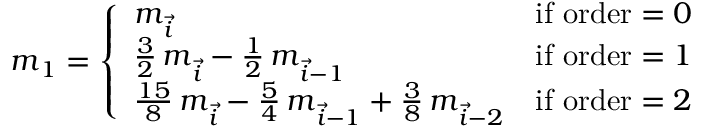
\begin{array} { r } { \boldsymbol { m } _ { 1 } = \left\{ \begin{array} { l l } { \boldsymbol { m } _ { \vec { i } } } & { \mathrm { i f ~ o r d e r } = 0 } \\ { \frac { 3 } { 2 } \, \boldsymbol { m } _ { \vec { i } } - \frac { 1 } { 2 } \, \boldsymbol { m } _ { \vec { i } - 1 } } & { \mathrm { i f ~ o r d e r } = 1 } \\ { \frac { 1 5 } { 8 } \, \boldsymbol { m } _ { \vec { i } } - \frac { 5 } { 4 } \, \boldsymbol { m } _ { \vec { i } - 1 } + \frac { 3 } { 8 } \, \boldsymbol { m } _ { \vec { i } - 2 } } & { \mathrm { i f ~ o r d e r } = 2 } \end{array} \right. } \end{array}